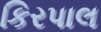
કિરપાલ